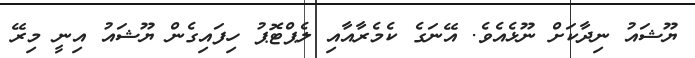
ޔޫޝައު ނިދާކަށް ނޫޅެއެވެ. އޭނަގެ ކެމެރާއާއި ލެޕްޓޮޕު ހިފައިގެން ޔޫޝައު އިނީ މިރޭ